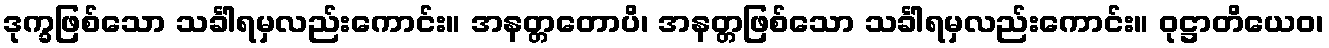
ဒုက္ခဖြစ်သော သင်္ခါရမှလည်းကောင်း။ အနတ္တတောပိ၊ အနတ္တဖြစ်သော သင်္ခါရမှလည်းကောင်း။ ဝုဋ္ဌာတိယေဝ၊